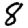
Digit: 8